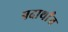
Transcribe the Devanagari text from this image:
पदार्थांंत